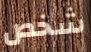
شخص